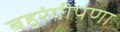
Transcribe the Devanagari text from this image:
बहुरंगीपणा